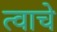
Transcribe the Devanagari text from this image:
त्वाचे